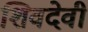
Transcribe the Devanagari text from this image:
शिवदेवी